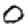
Digit: 0